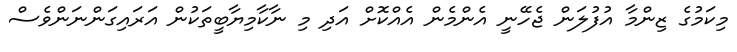
މިކަމުގެ ޒިންމާ އުފުލަން ޖެހޭނީ އެންމެން އެއްކޮށް އަދި މި ނާކާމިޔާބީތަކުން އަރައިގަންނަންވެސް